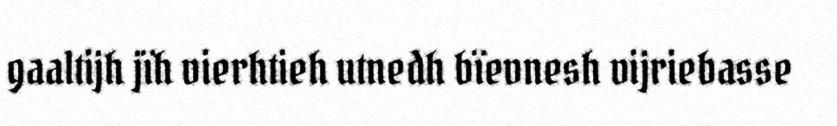
gaaltijh jïh vierhtieh utnedh bïevnesh vijriebasse